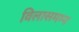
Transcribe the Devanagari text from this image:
विलासमग्न